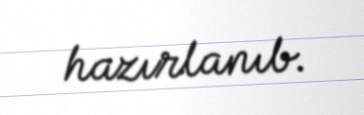
hazırlanıb.